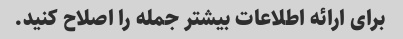
برای ارائه اطلاعات بیشتر جمله را اصلاح کنید.